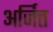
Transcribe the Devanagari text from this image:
अर्जित्त